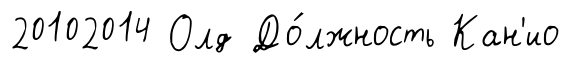
20102014 Олд До́лжность Кан'ио